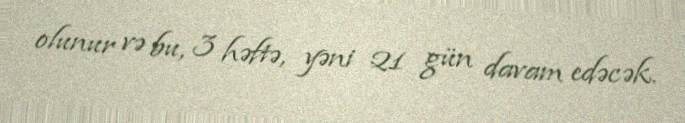
olunur və bu, 3 həftə, yəni 21 gün davam edəcək.